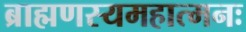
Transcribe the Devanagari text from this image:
ब्राह्मणस्यमहात्मनः